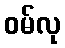
ဝမ်လု